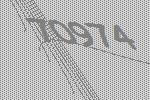
70974